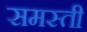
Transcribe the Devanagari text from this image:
समस्ती